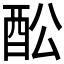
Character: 𲆩